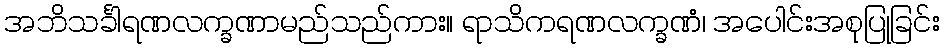
အဘိသင်္ခါရဏလက္ခဏာမည်သည်ကား။ ရာသိကရဏလက္ခဏံ၊ အပေါင်းအစုပြုခြင်း